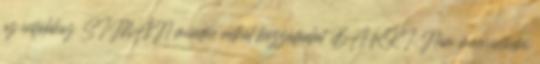
az infókhoz SIMÁN minden nélkül hozzáférhet BÁRKI. Nem megsértődni